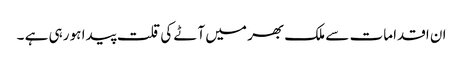
ان اقدامات سے ملک بھر میں آٹے کی قلت پیدا ہو رہی ہے ۔